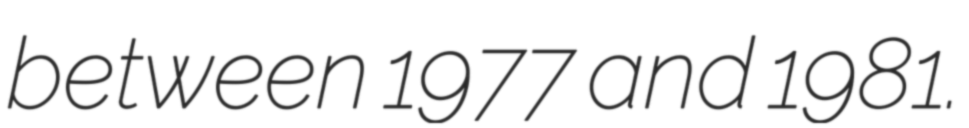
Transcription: between 1977 and 1981.